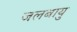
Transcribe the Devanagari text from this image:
जलबायु